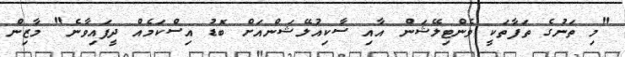
"މި ތަނުގެ ތަފާތަކީ ވެންޓިލޭޝަން އާއި ސާކިއުލޭޝަންއަށް ބޮޑު އިސްކަމެއް ދީފައިވާނެ" މާޒިން